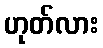
ဟုတ်လား